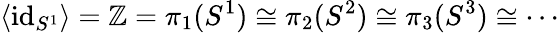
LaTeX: \langle{\mathrm{id}}_{S^{1}}\rangle=\mathbb{Z}=\pi_{1}(S^{1})\cong\pi_{2}(S^{2})\cong\pi_{3}(S^{3})\cong\cdots